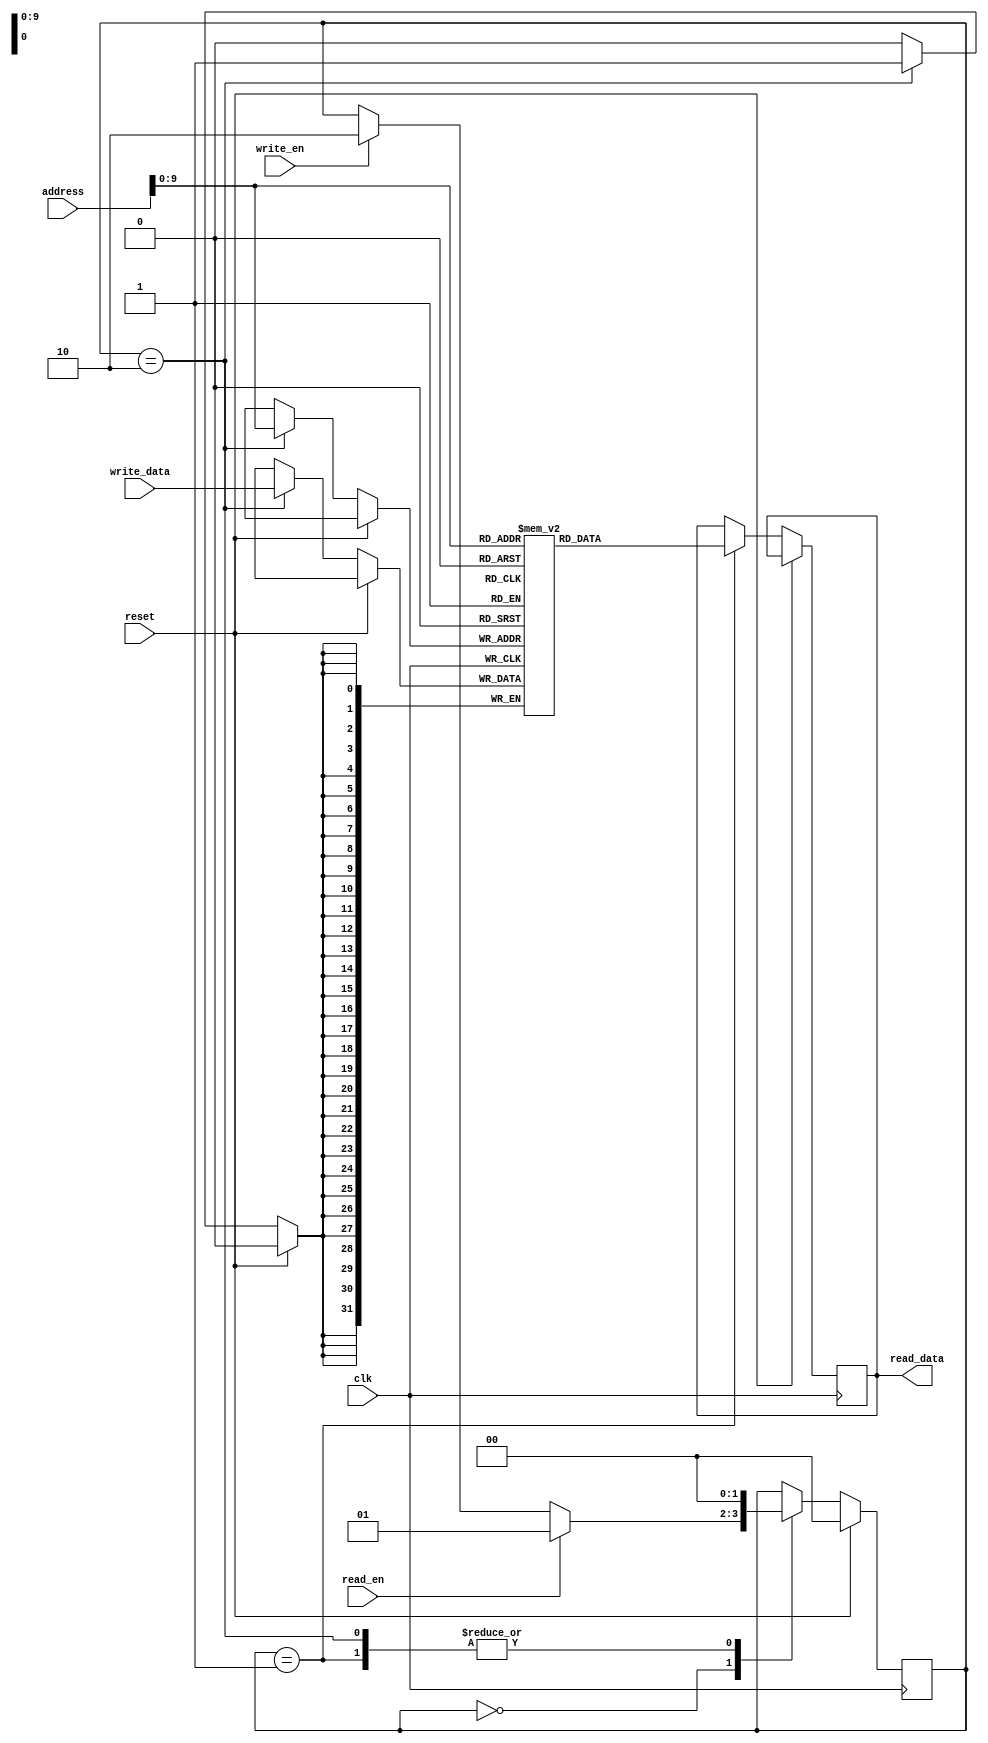
module memory_controller(
    input clk,
    input reset,
    input read_en,
    input write_en,
    input [31:0] address,
    input [31:0] write_data,
    output reg [31:0] read_data
);

// Define memory controller states
parameter IDLE = 2'h0,
          READ = 2'h1,
          WRITE = 2'h2;

// Define memory controller internal signals
reg [1:0] state;
reg [31:0] memory[0:1023];

// Address decoding logic
always @ (posedge clk)
begin
    if (reset)
        state <= IDLE;
    else
    begin
        case(state)
            IDLE:   // Idle state
            begin
                if (read_en)
                    state <= READ;
                else if (write_en)
                    state <= WRITE;
            end

            READ:   // Read state
            begin
                read_data <= memory[address];
                state <= IDLE;
            end

            WRITE:   // Write state
            begin
                memory[address] <= write_data;
                state <= IDLE;
            end
        endcase
    end
end

endmodule